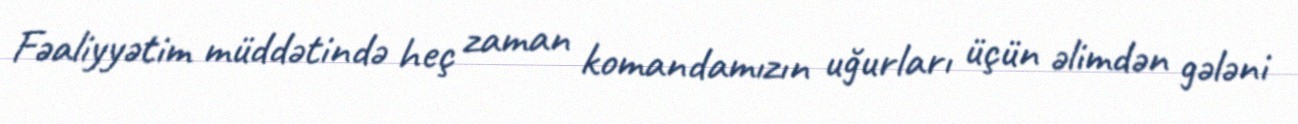
Fəaliyyətim müddətində heç zaman komandamızın uğurları üçün əlimdən gələni